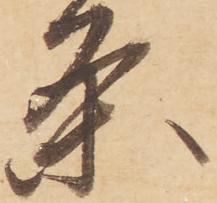
条